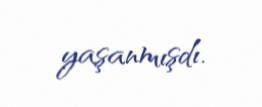
yaşanmışdı.